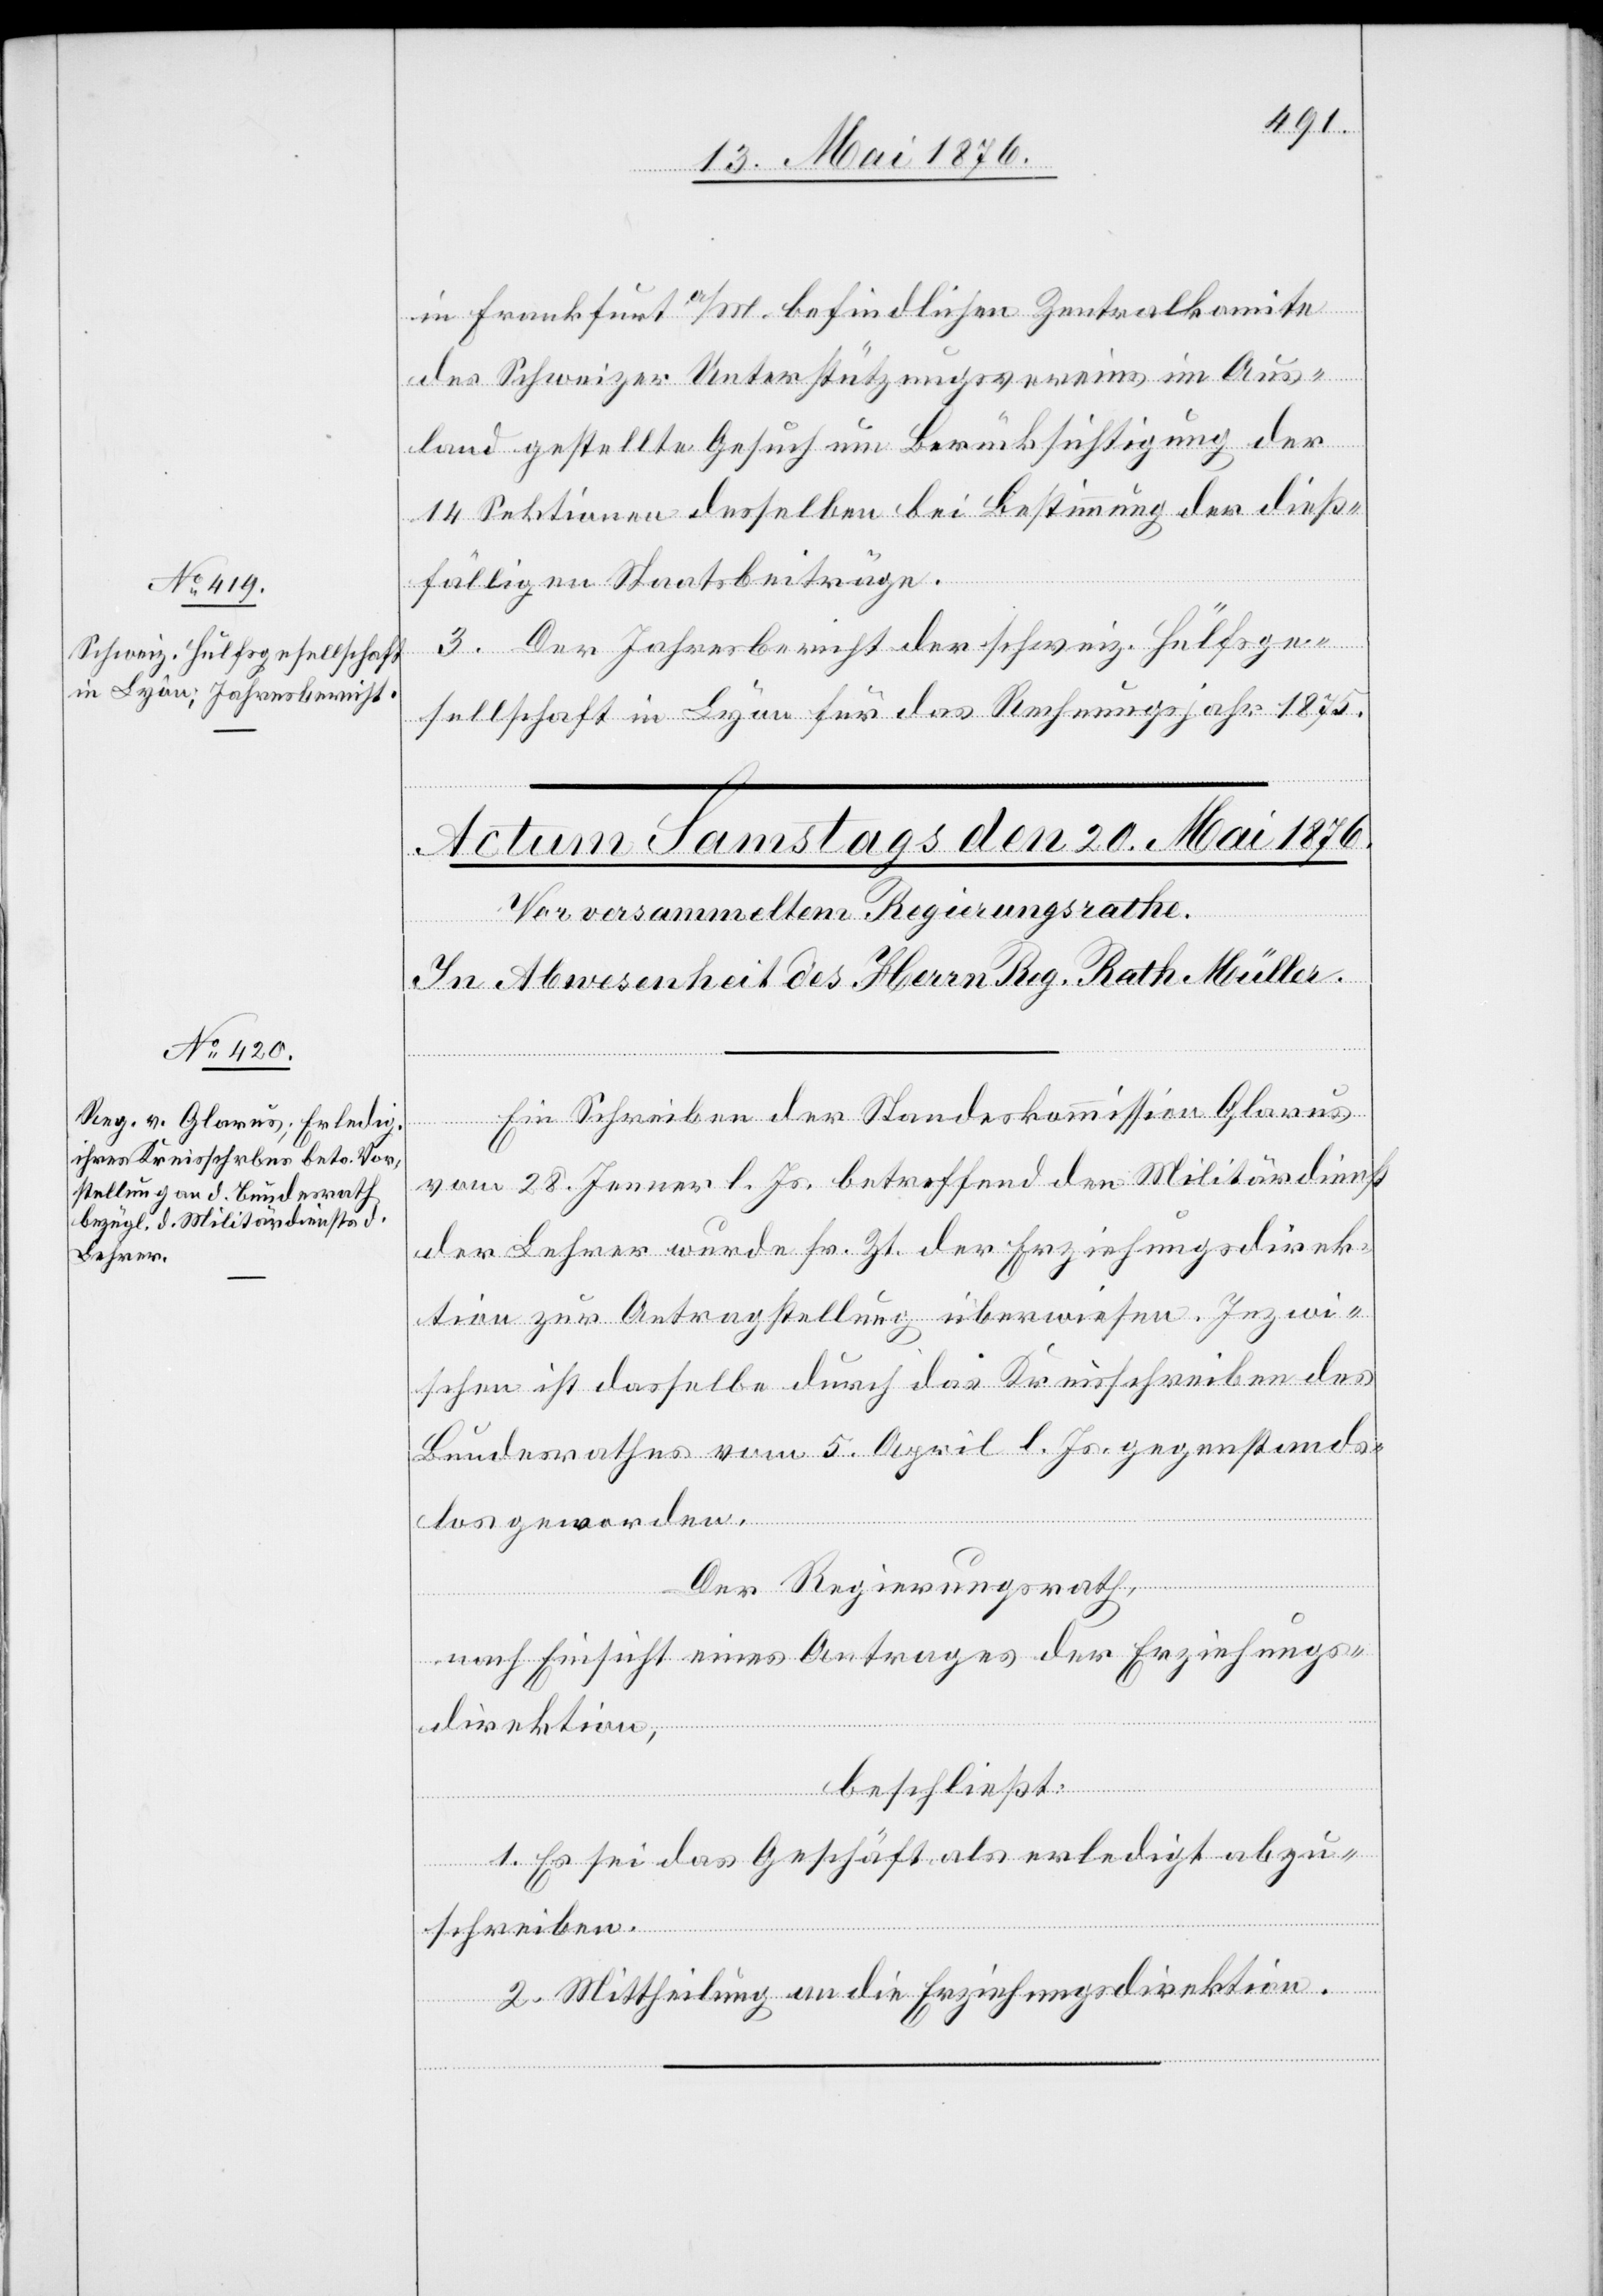
18. Mai 1876.]
in Frankfurt a/M. befindliche Zentralkomite
des Schweizer Unterstützungsvereins im Aus¬
land gestellte Gesuch um Berücksichtigung der
14 Sektionen desselben bei Bestimmung der dieß¬
fälligen Staatsbeiträge.
3. Der Jahresbericht der schweiz. Hülfsge¬
sellschaft in Lyon für das Rechnungsjahr 1875.
Ein Schreiben der Standeskommission Glarus
vom 28. Jenner l. Js. betreffend den Militärdienst
der Lehrer wurde sr. Zt. der Erziehungsdirek¬
tion zur Antragstellung überwiesen. Inzwi¬
schen ist dasselbe durch das Kreisschreiben des
Bundesrathes vom 5. April l. Js. gegenstands¬
los geworden.
Der Regierungsrath,
nach Einsicht eines Antrages der Erziehungs¬
direktion,
beschließt:
1. Es sei das Geschäft als erledigt abzu¬
schreiben.
2. Mittheilung an die Erziehungsdirektion.